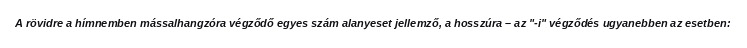
A rövidre a hímnemben mássalhangzóra végződő egyes szám alanyeset jellemző, a hosszúra – az "-i" végződés ugyanebben az esetben: